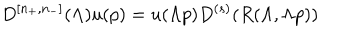
D ^ { \left[ n _ { + } , n _ { - } \right] } ( \Lambda ) u ( p ) = u ( \Lambda p ) D ^ { ( s ) } ( R ( \Lambda , \Lambda p ) )